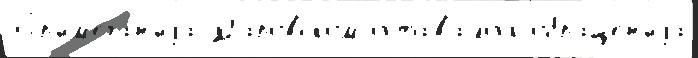
Пр'им'еча́н'иjа Даровском остава́лось обраще́н'иjа